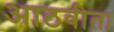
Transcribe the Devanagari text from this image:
आठवीता